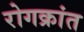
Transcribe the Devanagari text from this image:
रोगक्रांत